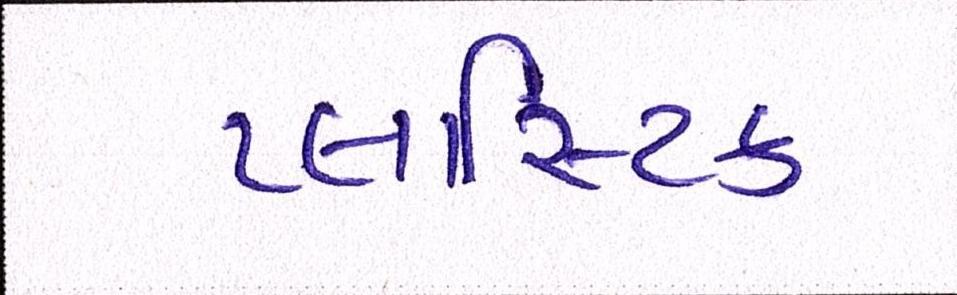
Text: પ્લાસ્ટિક